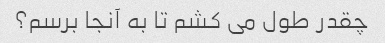
چقدر طول می کشم تا به آنجا برسم؟